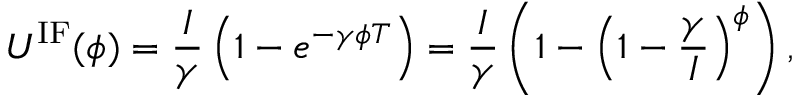
U ^ { \mathrm { I F } } ( \phi ) = \frac { I } { \gamma } \left( 1 - e ^ { - \gamma \phi T } \right) = \frac { I } { \gamma } \left( 1 - \left( 1 - \frac { \gamma } { I } \right) ^ { \phi } \right) ,